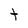
Character: t